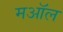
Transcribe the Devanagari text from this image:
मऑल